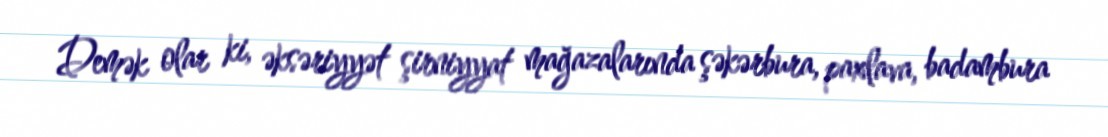
Demək olar ki, əksəriyyət şirniyyat mağazalarında şəkərbura, paxlava, badambura